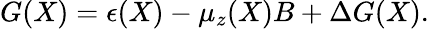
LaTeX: \begin{array}{r}{G(X)=\epsilon(X)-\mu_{z}(X)B+\Delta G(X).}\end{array}